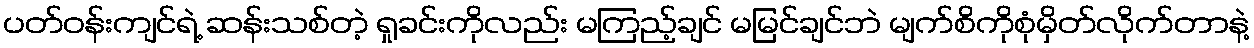
ပတ်ဝန်းကျင်ရဲ့ ဆန်းသစ်တဲ့ ရှုခင်းကိုလည်း မကြည့်ချင် မမြင်ချင်ဘဲ မျက်စိကိုစုံမှိတ်လိုက်တာနဲ့